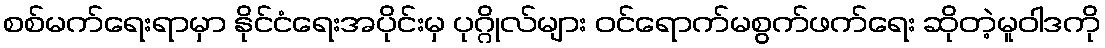
စစ်မက်ရေးရာမှာ နိုင်ငံရေးအပိုင်းမှ ပုဂ္ဂိုလ်များ ဝင်ရောက်မစွက်ဖက်ရေး ဆိုတဲ့မူဝါဒကို